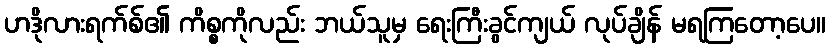
ဟဒိုလားရက်စ်၏ ကိစ္စကိုလည်း ဘယ်သူမှ ရေးကြီးခွင်ကျယ် လုပ်ချိန် မရကြတော့ပေ။